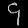
Digit: ၄